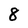
Character: 8